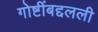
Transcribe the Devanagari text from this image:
गोष्टींबद्दलली